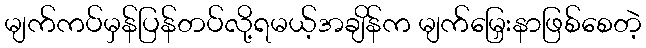
မျက်ကပ်မှန်ပြန်တပ်လို့ရမယ့်အချိန်က မျက်မြှေးနာဖြစ်စေတဲ့